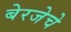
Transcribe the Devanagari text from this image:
बेरजेचे